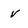
Character: v